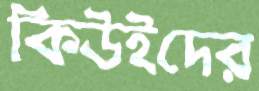
কিউইদের